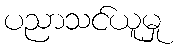
ပညာသင်ယူမှု